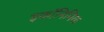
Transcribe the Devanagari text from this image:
इकॉनिमिक